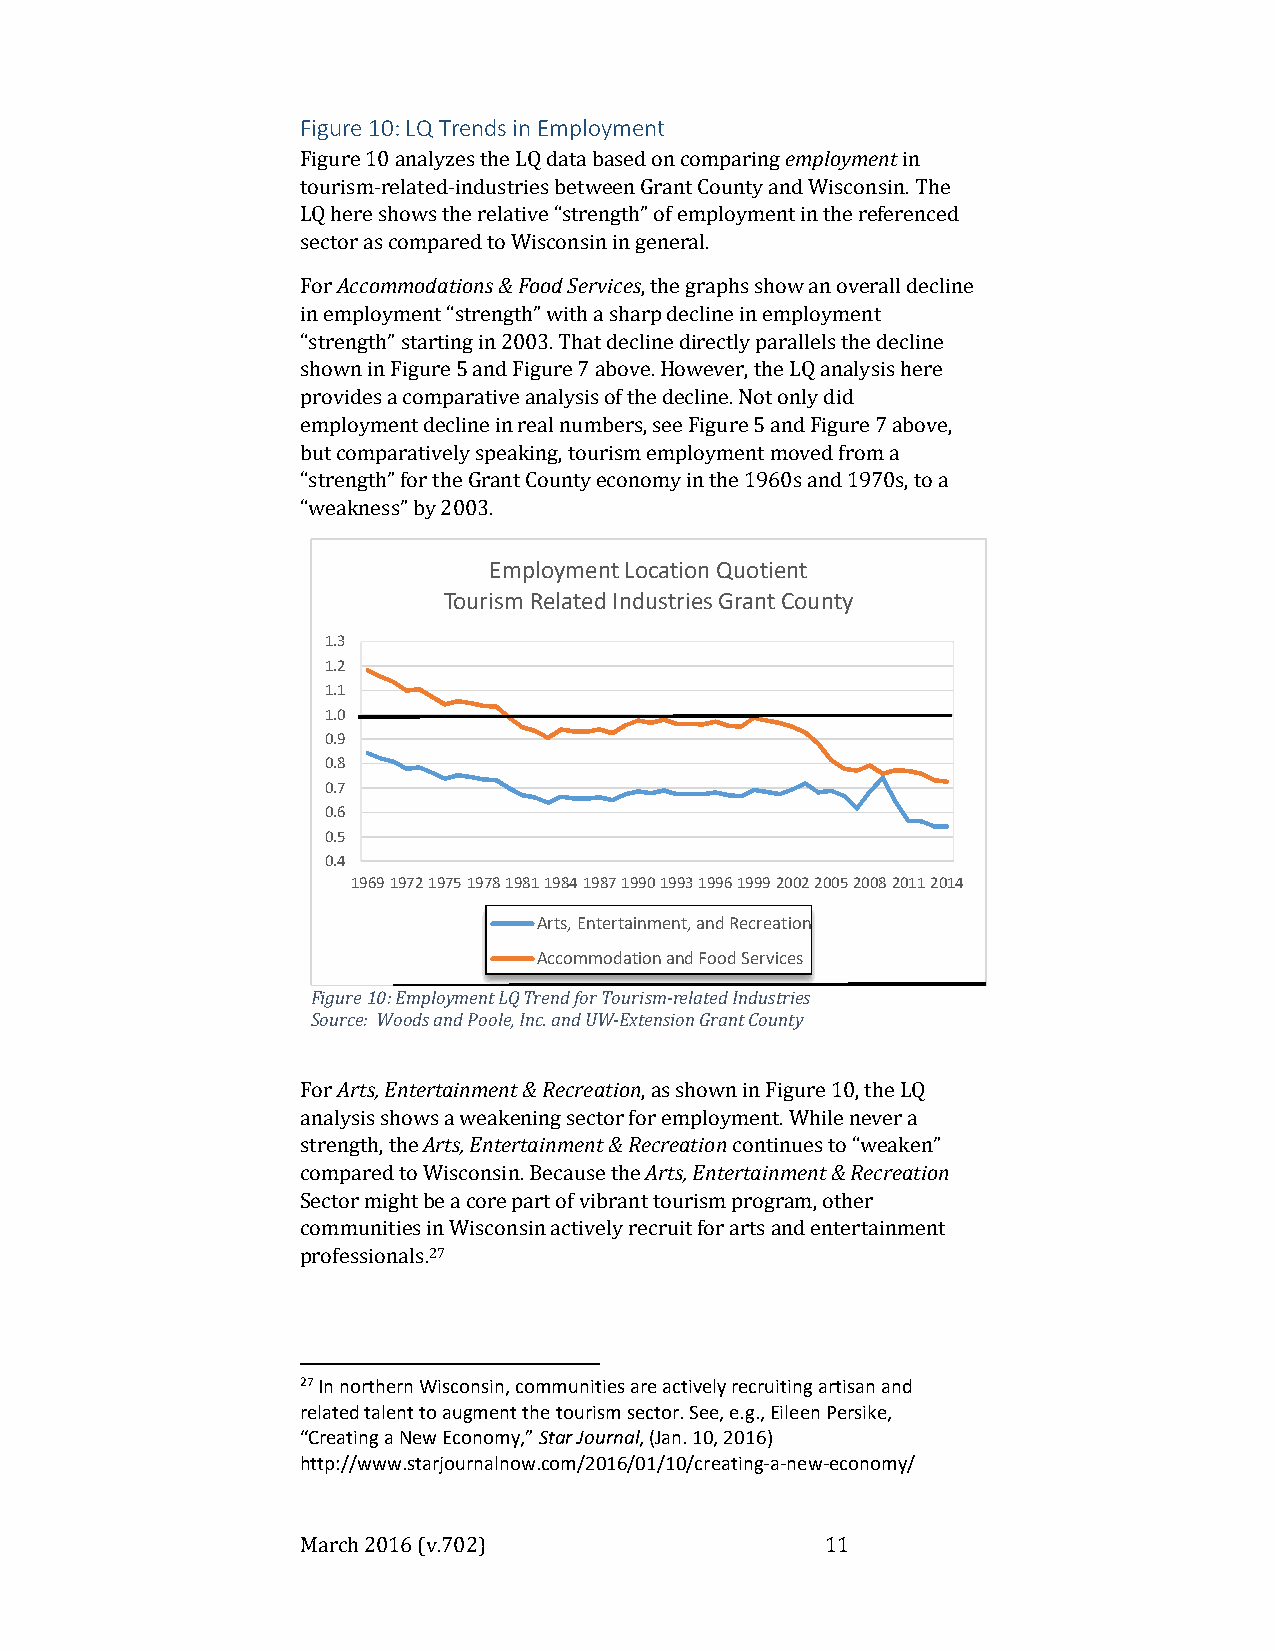
Figure 10: LQ Trends in Employment
 Figure 10 analyzes the LQ data based on comparing employment in
 tourism-related-industries between Grant County and Wisconsin. The
 LQ here shows the relative “strength” of employment in the referenced
 sector as compared to Wisconsin in general.
 For Accommodations & Food Services, the graphs show an overall decline
 in employment “strength” with a sharp decline in employment
 “strength” starting in 2003. That decline directly parallels the decline
 shown in Figure 5 and Figure 7 above. However, the LQ analysis here
 provides a comparative analysis of the decline. Not only did
 employment decline in real numbers, see Figure 5 and Figure 7 above,
 but comparatively speaking, tourism employment moved from a
 “strength” for the Grant County economy in the 1960s and 1970s, to a
 “weakness” by 2003.
 Employment Location Quotient
 Tourism Related Industries Grant County
 1.3
 1.2
 1.1
 1.0
 0.9
 0.8
 0.7
 0.6
 0.5
 0.4
 1969197219751978198119841987199019931996199920022005200820112014
 Arts, Entertainment, and Recreation
 Accommodation and Food Services
 Figure 10: Employment LQ Trend for Tourism-related Industries
 Source: Woods and Poole, Inc. and UW-Extension Grant County
 For Arts, Entertainment & Recreation, as shown in Figure 10, the LQ
 analysis shows a weakening sector for employment. While never a
 strength, the Arts, Entertainment & Recreation continues to “weaken”
 compared to Wisconsin. Because the Arts, Entertainment & Recreation
 Sector might be a core part of vibrant tourism program, other
 communities in Wisconsin actively recruit for arts and entertainment
 professionals.27
 27 In northern Wisconsin, communities are actively recruiting artisan and
 related talent to augment the tourism sector. See, e.g., Eileen Persike,
 “Creating a New Economy,” Star Journal, (Jan. 10, 2016)
 http://www.starjournalnow.com/2016/01/10/creating-a-new-economy/
 March 2016 (v.702)                 11